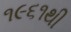
૧૯૬૧થી